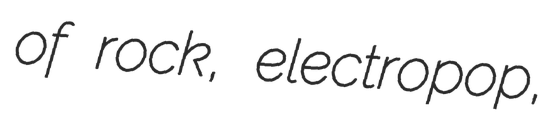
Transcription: of rock, electropop,